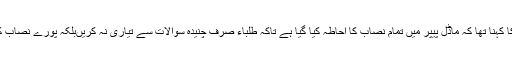
ناظم امتحانات کا کہنا تھا کہ ماڈل پیپر میں تمام نصاب کا احاطہ کیا گیا ہے تاکہ طلباء صرف چنیدہ سوالات سے تیاری نہ کریںبلکہ پورے نصاب کا مطالعہ کریں۔